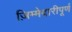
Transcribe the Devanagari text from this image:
ज़िम्मेदारीपूर्ण